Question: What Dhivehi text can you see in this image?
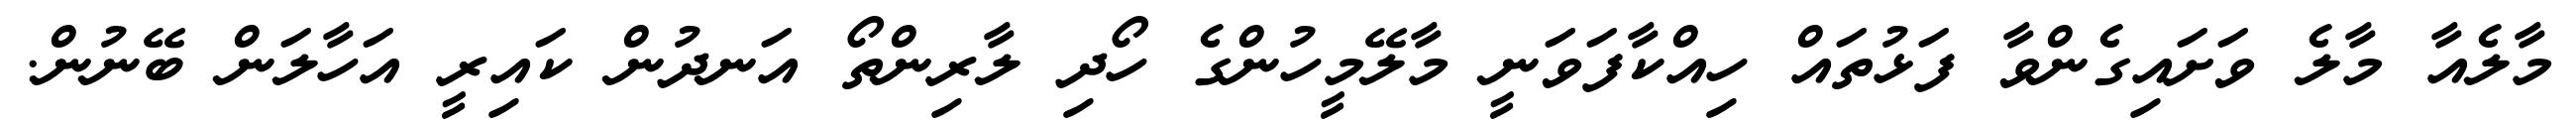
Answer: މާލެއާ މާލެ ވަށައިގެންވާ ފަޅުތައް ހިއްކާފަވަނީ މާލޭމީހުންގެ ހޯދި ލާރިންތޯ އަނދުން ކައިރީ އަހާލަން ބޭނުން.